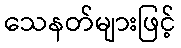
သေနတ်များဖြင့်